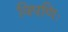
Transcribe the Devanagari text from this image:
विपणिः